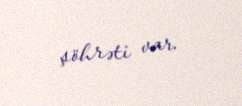
şöhrəti var.